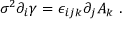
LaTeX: \sigma ^ { 2 } \partial _ { i } \gamma = \epsilon _ { i j k } \partial _ { j } A _ { k } \; .